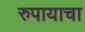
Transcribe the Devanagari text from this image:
रुपायाचा